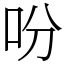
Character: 吩